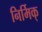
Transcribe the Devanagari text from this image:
निर्मिक्